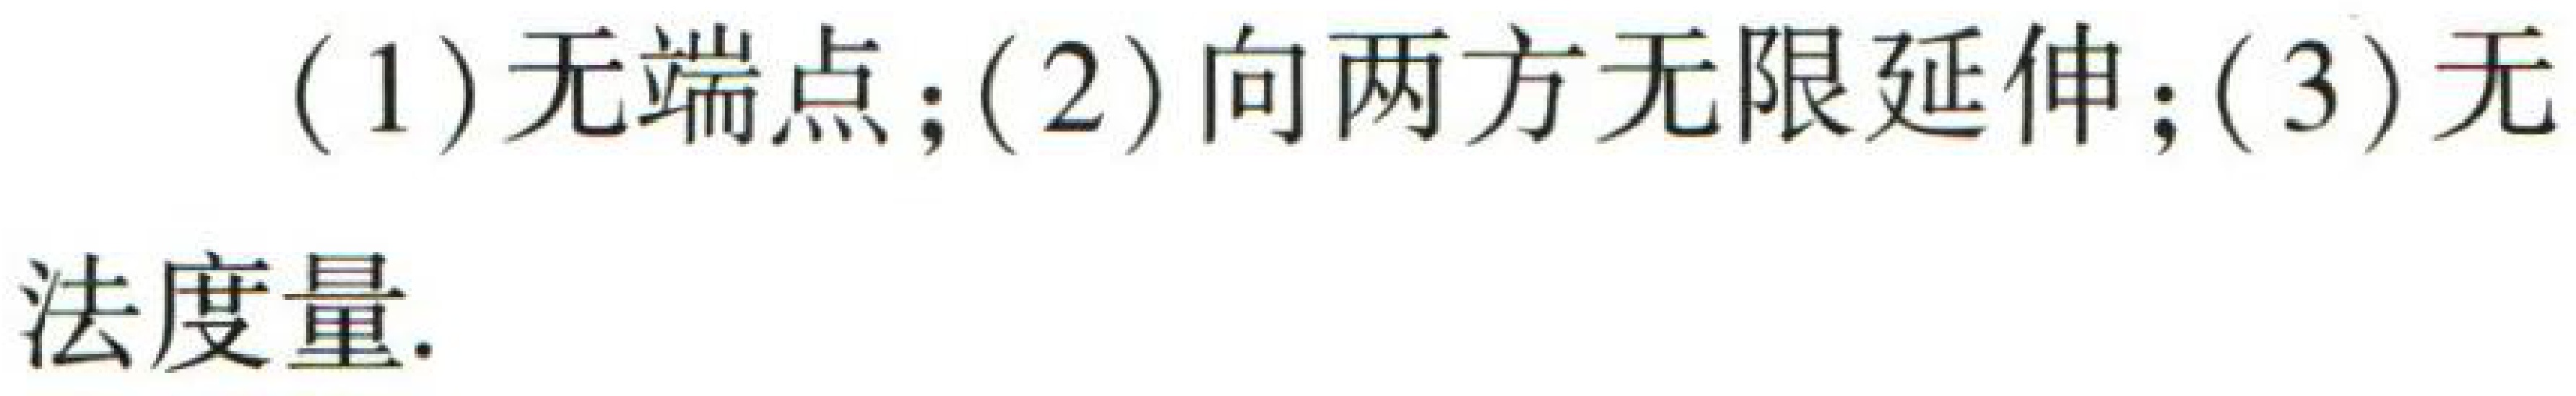
(1) 无端点；(2) 向两方无限延伸；(3) 无法度量.